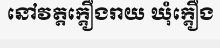
នៅវត្តក្តឿងរាយ ឃុំក្តឿង